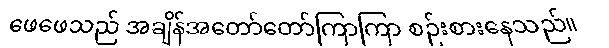
ဖေဖေသည် အချိန်အတော်တော်ကြာကြာ စဉ်းစားနေသည်။